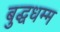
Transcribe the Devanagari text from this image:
बुद्धधम्म